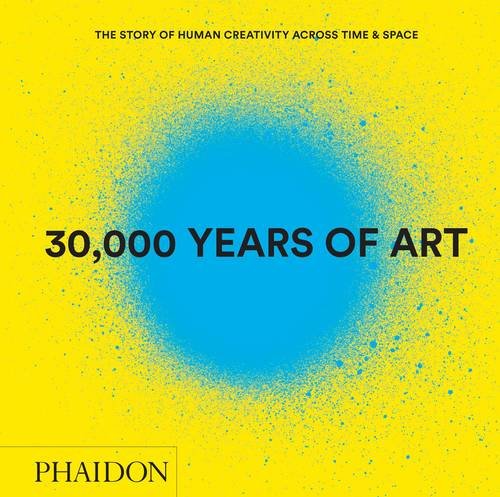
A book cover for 30,000 Years of Art (Revised and Updated Edition): The Story of Human Creativity Across Time & Space; Phaidon Editors; Reference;